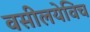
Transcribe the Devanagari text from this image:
वसीलयेविच